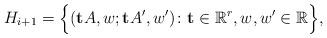
LaTeX: \begin{align*} H_{i+1}=\Bigl\{ (\bold{t}A,w;\bold{t}A',w')\colon\bold{t}\in\mathbb{R}^{r}, w,w'\in\mathbb{R}\Bigr\}, \end{align*}